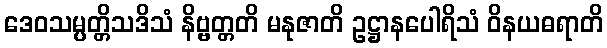
ဒေဝသမ္ပတ္တိသဒိသံ နိဗ္ဗတ္တတိ မနုဇာတိ ဥဋ္ဌာနပေါရိသံ ဝိနယဓရာတိ